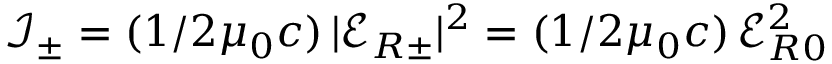
\mathcal { I } _ { \pm } = ( 1 / 2 \mu _ { 0 } c ) \, | \boldsymbol { \mathcal { E } } _ { R \pm } | ^ { 2 } = ( 1 / 2 \mu _ { 0 } c ) \, \mathcal { E } _ { R 0 } ^ { 2 }